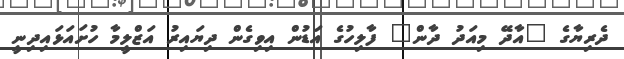
ދެރިޔާގެ "އާދޭ މިއަދު ދާން" ފާލިހުގެ އަޑުން އިވިގެން ދިޔައިރު އަޒްލީމާ ހުށައަޅައިދިނީ